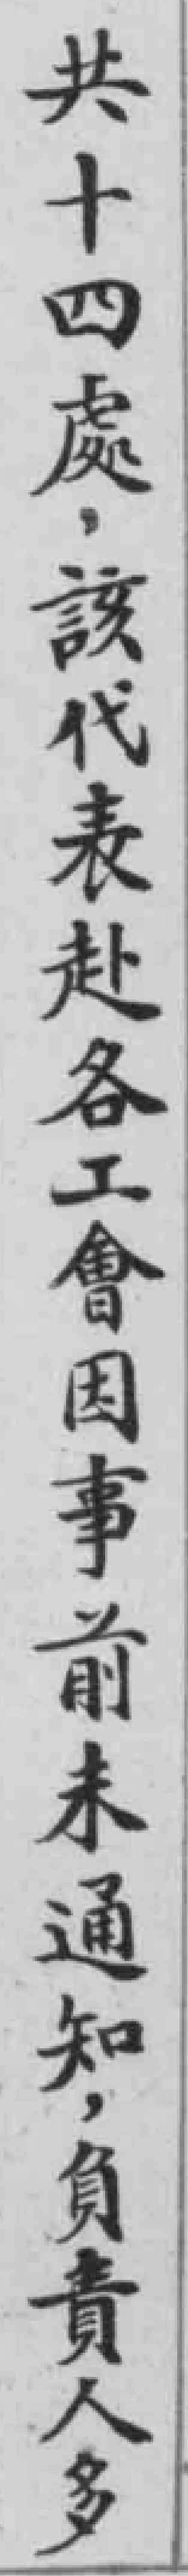
共十四處，該代表赴各工會因事前未通知，負責人多